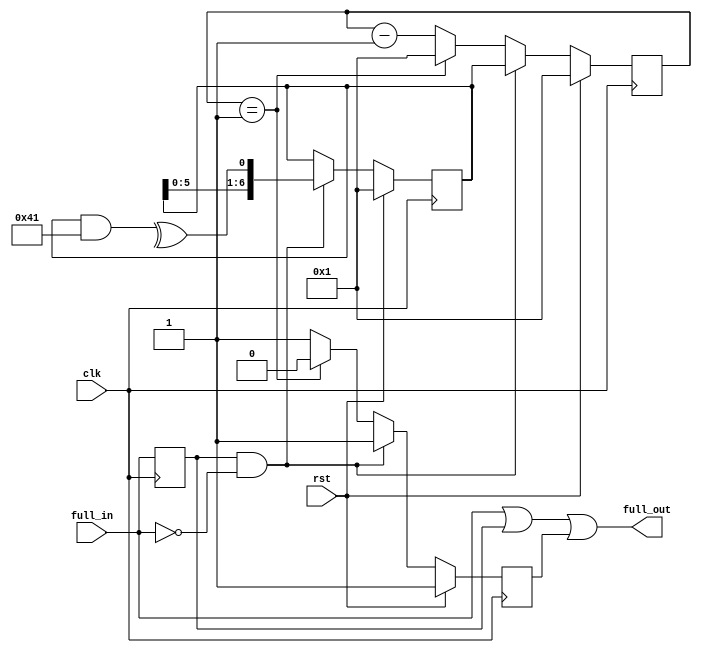
module refill_randomizer
  #(parameter BITS=7)
    (
     input clk,
     input rst,
     input full_in,
     output full_out
     );
   
   wire 	    feedback;
   reg 	    full_last;
   wire     full_deasserts;
   reg [6:0] shift_reg;
   reg [6:0] count;
   reg 	     delayed_fall;
   

   always @(posedge clk)
     full_last <= full_in;
   
   assign    full_deasserts = full_last & ~full_in;

   // 7 bit LFSR
   always @(posedge clk)
     if (rst)
       shift_reg <= 7'b1;
     else
       if (full_deasserts)
	 shift_reg <= {shift_reg[5:0],feedback};

   assign    feedback = ^(shift_reg & 7'h41);

   always @(posedge clk)
     if (rst)
       begin
	  count <= 1;
	  delayed_fall  <= 1;
       end
     else if (full_deasserts)
       begin
	  count <= shift_reg;
	  delayed_fall <= 1;
       end
     else if (count == 1)
       begin
	  count <= 1;
	  delayed_fall <= 0;
       end
     else
       begin
	  count <= count - 1;
	  delayed_fall <= 1;
       end
   
   // Full_out goes instantly high if full_in does. However its fall is delayed.
   assign    full_out = (full_in == 1) || (full_last == 1) || delayed_fall;

endmodule